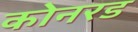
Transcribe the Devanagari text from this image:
कोनरड